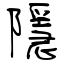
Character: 隱